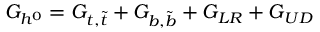
G _ { h ^ { 0 } } = G _ { t , { \tilde { t } } } + G _ { b , { \tilde { b } } } + G _ { L R } + G _ { U D }